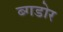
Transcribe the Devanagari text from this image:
ब्गडोर